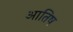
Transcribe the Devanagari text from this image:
आतिष